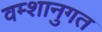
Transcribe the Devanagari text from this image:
वम्शानुगत